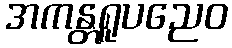
အကန္တရူပညေဝ